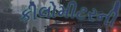
કીલોમીટરની